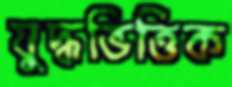
যুদ্ধভিত্তিক